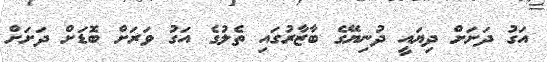
އަގު ދަށަށް ދިޔައީ ދުނިޔޭގެ ބާޒާރުގައި ތެލުގެ އަގު ވަރަށް ބޮޑަށް ދަށަށް